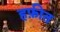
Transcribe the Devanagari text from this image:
हफ़ीत